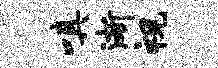
嗔渐视